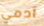
آدمي